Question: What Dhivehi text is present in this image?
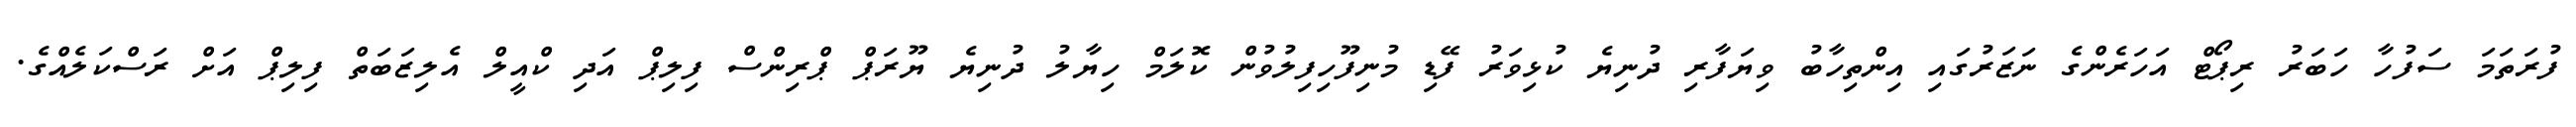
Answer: ފުރަތަމަ ސަފުހާ ހަބަރު ރިޕޯޓް އަހަރެންގެ ނަޒަރުގައި އިންތިހާބު ވިޔަފާރި ދުނިޔެ ކުޅިވަރު ފޭޑި މުނިފޫހިފިލުވުން ކޮލަމް ހިޔާލު ދުނިޔެ ޔޫރަޕް ޕްރިންސް ފިލިޕް އަދި ކްއީލް އެލިޒަބަތް ފިލިޕް އަށް ރަސްކަލެއްގެ.